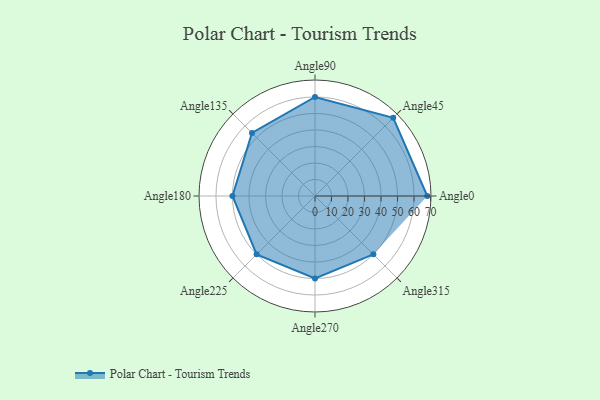
{"axis": {"x": "Angle", "y": "Radius"}, "legend": [""], "data": [{"x": "Angle0", "y": 68.0, "type": ""}, {"x": "Angle45", "y": 67.0, "type": ""}, {"x": "Angle90", "y": 60.0, "type": ""}, {"x": "Angle135", "y": 54.0, "type": ""}, {"x": "Angle180", "y": 50, "type": ""}, {"x": "Angle225", "y": 50, "type": ""}, {"x": "Angle270", "y": 50, "type": ""}, {"x": "Angle315", "y": 50, "type": ""}]}